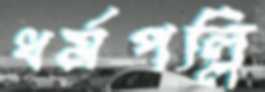
ধর্মপল্লি